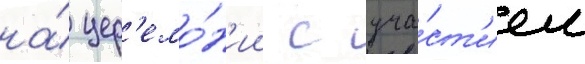
на́ цер'емо́н'ии с уча́ст'ием